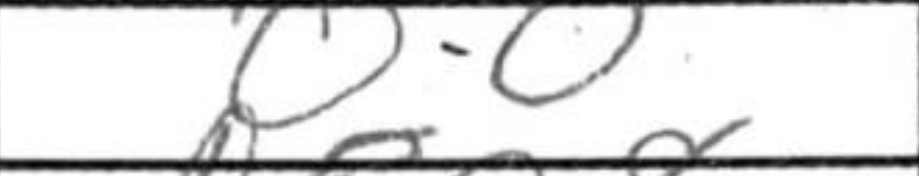
Transcription: O-O